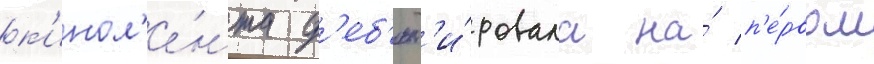
к'инол'е́нта д'еб'ют'и́ровала на́ п'е́рвом